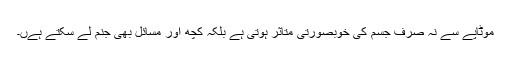
موٹاپے سے نہ صرف جسم کی خوبصورتی متاثر ہوتی ہے بلکہ کچھ اور مسائل بھی جنم لے سکتے ہےں۔